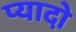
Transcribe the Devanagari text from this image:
प्‍यादो